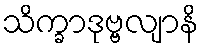
သိက္ခာဒုဗ္ဗလျာနိ